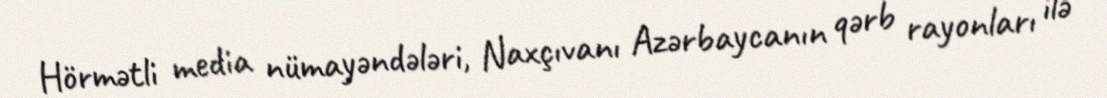
Hörmətli media nümayəndələri, Naxçıvanı Azərbaycanın qərb rayonları ilə